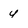
Character: y